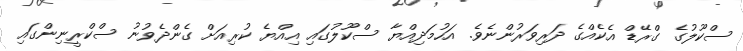
ސްކޫލުގެ ގްރޭޑް އެކެއްގެ ދަރިވަރުންނެވެ. އަހުމަދިއްޔާ ސްކޫލުގައި އިއްޔެ ކުރިއަށް ގެންދެވުނު ސްކްރީނިންގައި